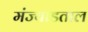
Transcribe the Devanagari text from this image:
मंज्याडताल